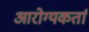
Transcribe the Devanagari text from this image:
आरोग्यकर्ता